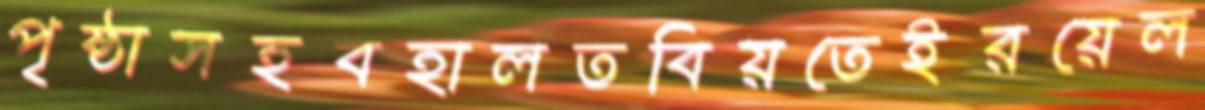
পৃষ্ঠাসহবহালতবিয়তেইরয়েল